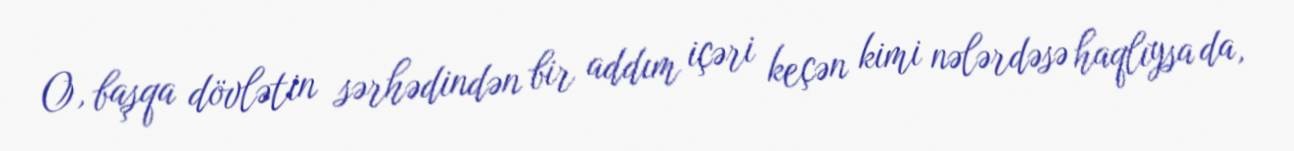
O, başqa dövlətin sərhədindən bir addım içəri keçən kimi nələrdəsə haqlıysa da,